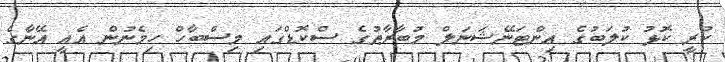
ކުރީ ކޮޅު ކުލަބުގެ އިންޓަނޭޝަނަލް މުބާރާތުގެ ސްކޮޑްގައި މިސްބާހް ހިމެނުން އެއީ އޭނާގެ